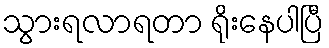
သွားရလာရတာ ရိုးနေပါပြီ